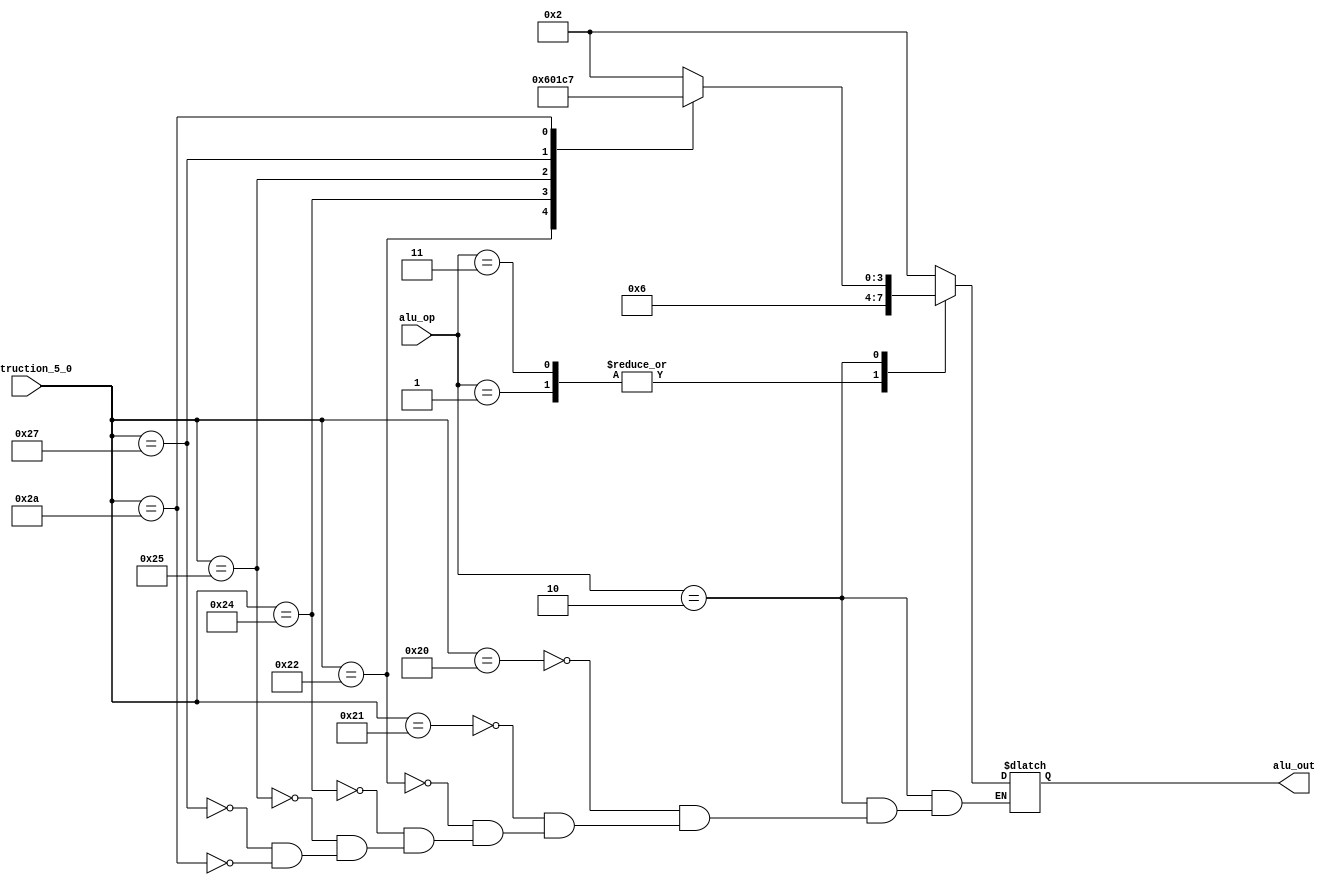
`timescale 1ns / 1ps
//////////////////////////////////////////////////////////////////////////////////
// Company: 
// Engineer: 
// 
// Design Name: 
// Module Name:    alu_control 
// Project Name: 
// Target Devices: 
// Tool versions: 
// Description: 
//
// Dependencies: 
//
// Revision: 
// Revision 0.01 - File Created
// Additional Comments: 
//
//////////////////////////////////////////////////////////////////////////////////
module alu_control(
	 //input wire clk,
	 //input wire reset,
	 
    input wire [1:0] alu_op,
    input wire [5:0] instruction_5_0,
    output reg [3:0] alu_out
    );	

reg c_alu_out;

always @(*)begin
case (alu_op)
//LW and SW
2'b00 : alu_out = 4'b0010;
//Branch equal
2'b01 : alu_out = 4'b0110;
2'b11 : alu_out = 4'b0110;
//R-type
2'b10 : 
	
	case(instruction_5_0)
	//add & addi
	6'b100000 : alu_out = 4'b0010;
	//addu
	6'b100001 : alu_out = 4'b0010;
	//sub
	6'b100010 : alu_out = 4'b0110;
	//AND
	6'b100100 : alu_out = 4'b0000;
	//OR
	6'b100101 : alu_out = 4'b0001;
	//NOR
	6'b100111 : alu_out = 4'b1100;
	//set on less than slt
	6'b101010 : alu_out = 4'b0111;
	
	
	endcase


endcase

end

endmodule